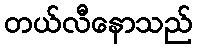
တယ်လီနောသည်